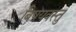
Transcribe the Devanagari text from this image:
बिषयवस्तु